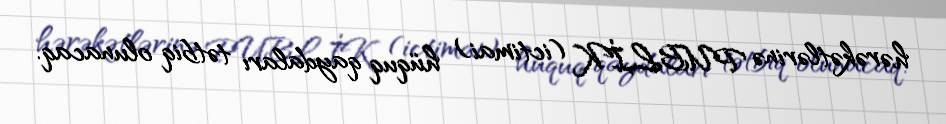
hərəkətlərinə PUBLİK (ictimai) hüquq qaydaları tətbiq olunacaq.